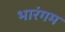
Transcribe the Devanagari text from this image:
भारंगम